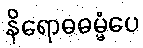
နိရောဓဓမ္မံပေ